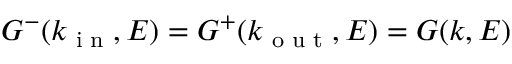
G ^ { - } ( k _ { \textrm { i n } } , E ) = G ^ { + } ( k _ { \textrm { o u t } } , E ) = G ( k , E )